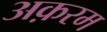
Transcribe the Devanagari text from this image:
अक़रम